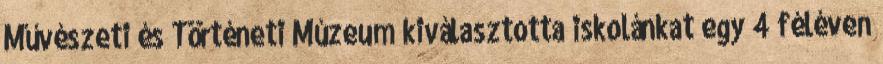
Művészeti és Történeti Múzeum kiválasztotta iskolánkat egy 4 féléven